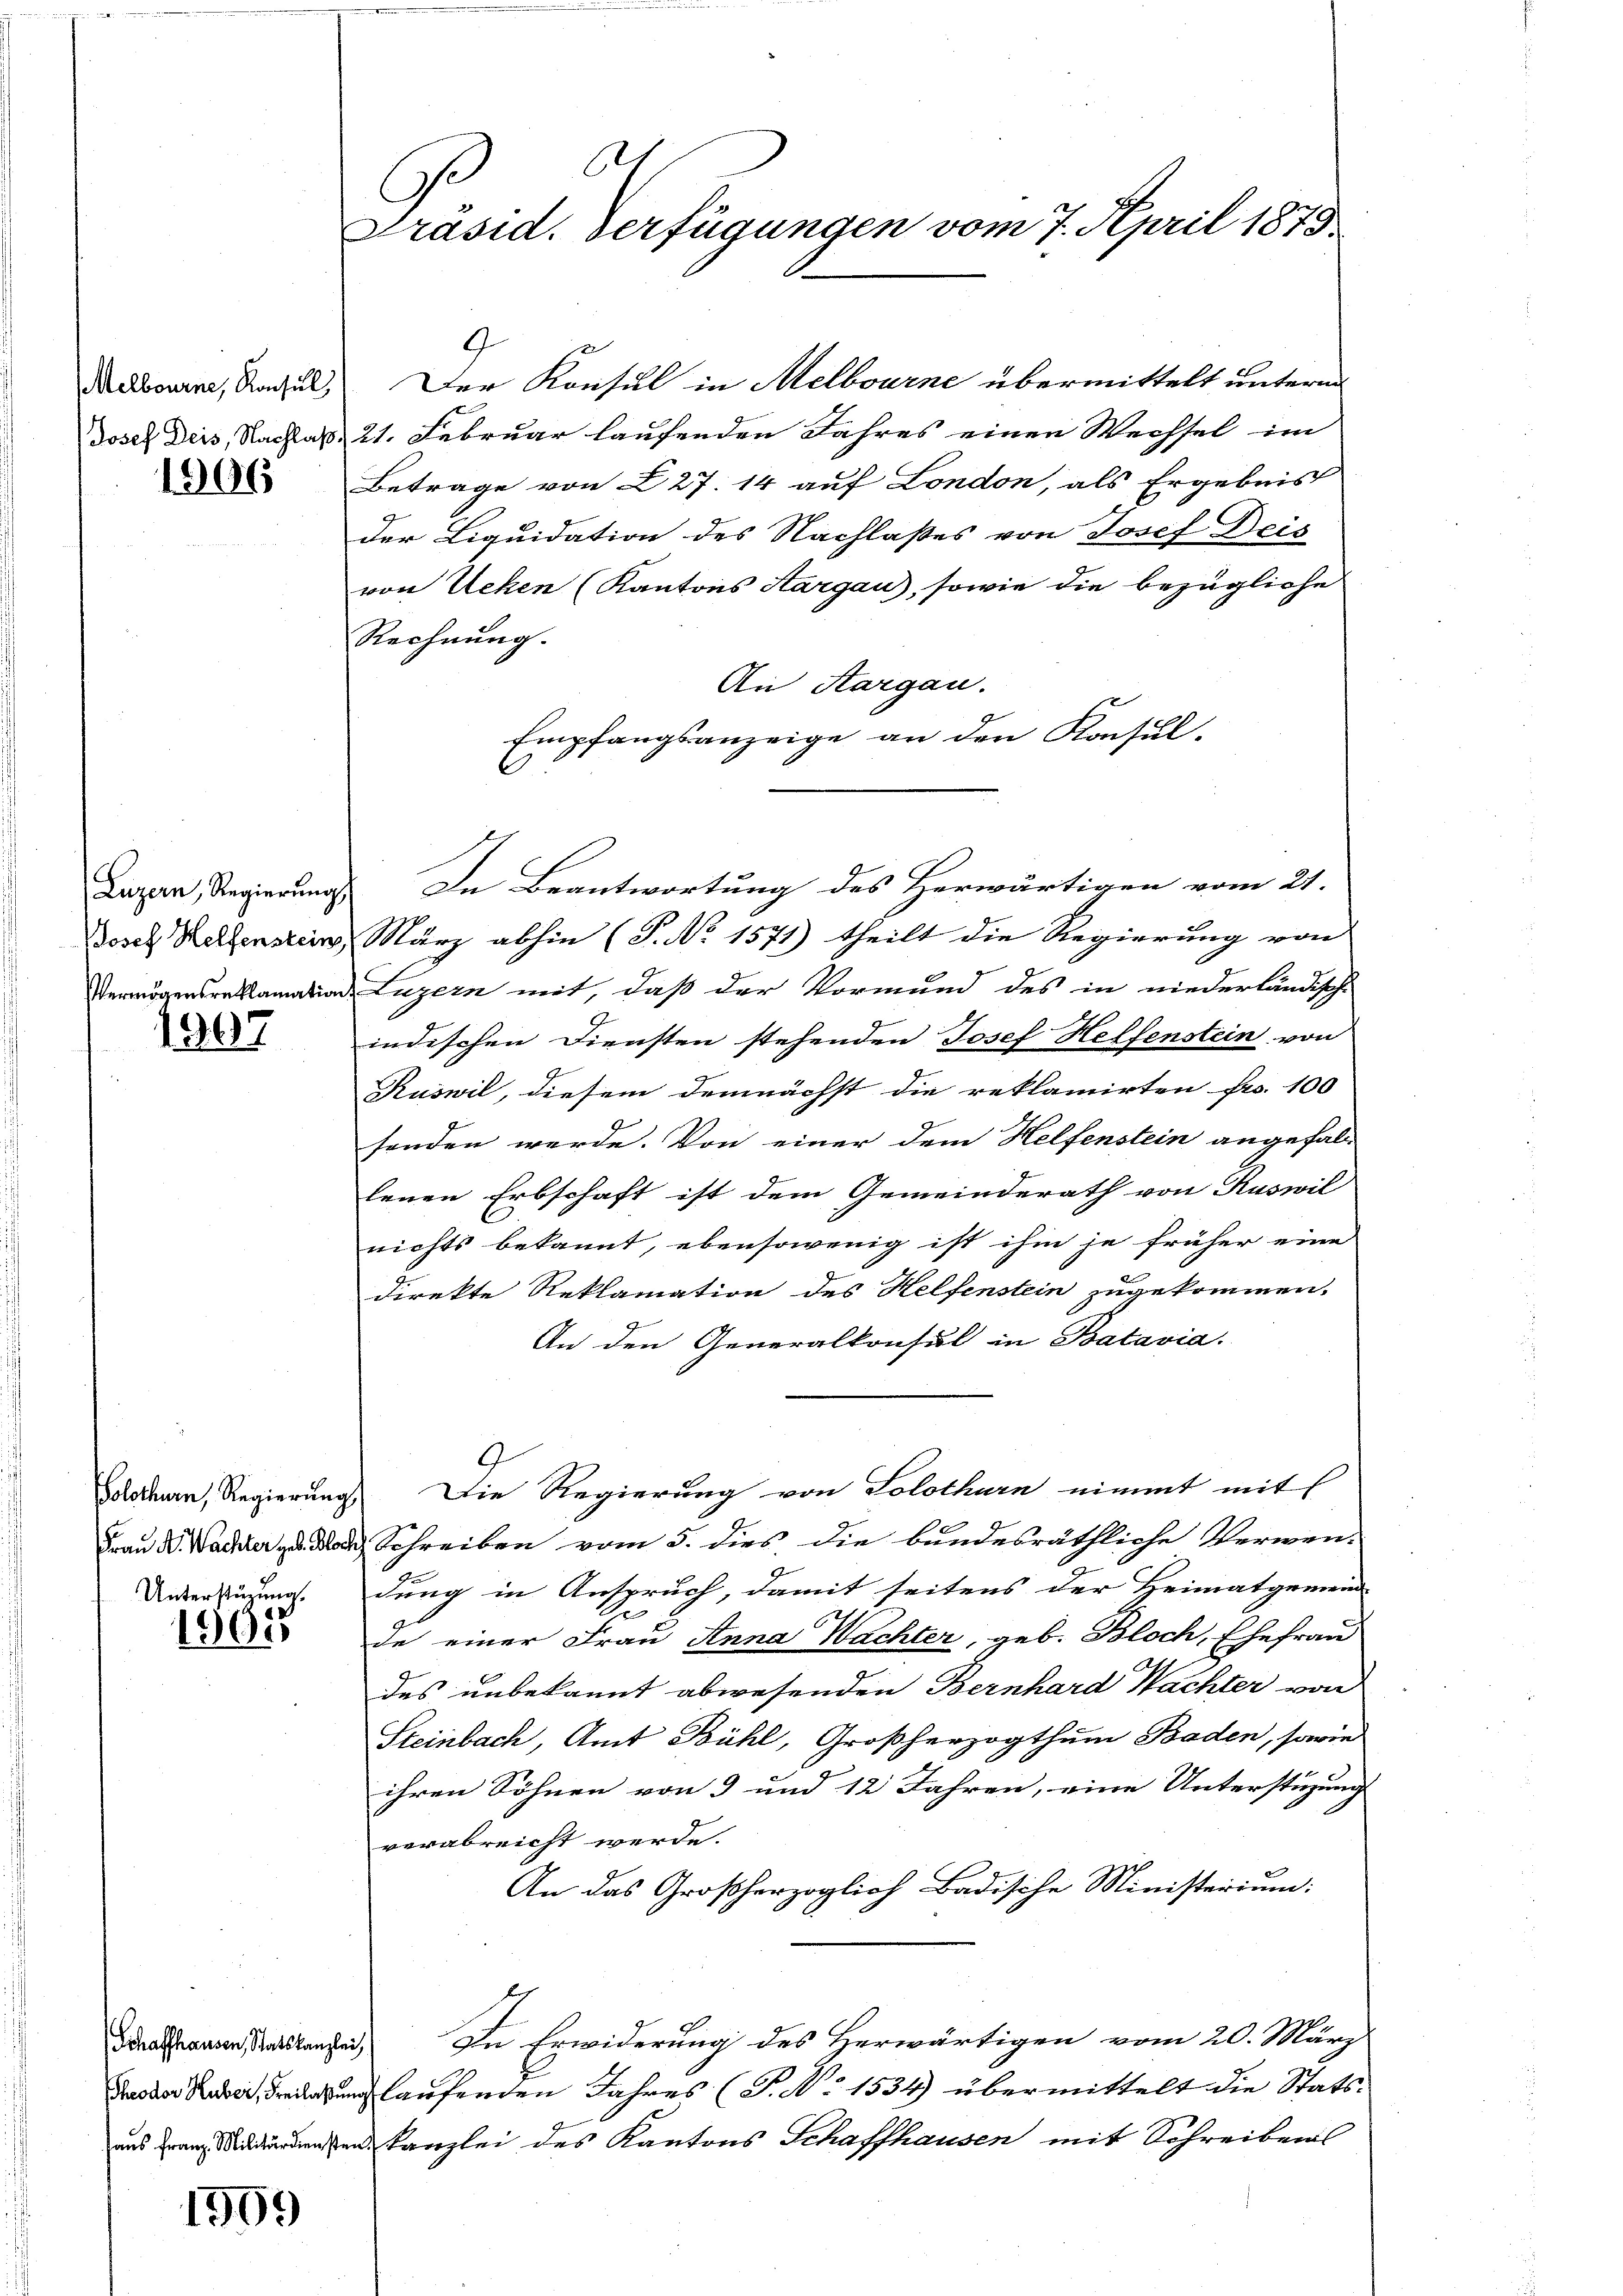
Melbourne, Konsul,

1906

Luzern, Regierung

1907

Unterstüzung.

e
1901

Schaffhausen, Statskanzlei,

1909

1
Präsid. Verfügungen vom 7. April 1879

Der Konsul in Melbourne übermittelt unterm
Josef Diis, Nachlaß. 21. Februar laufenden Jahres einen Wechsel im
Betrage von 227. 14 auf London, als Ergebnis
der Liquidation des Nachlasses von Josef Deis
von Ueken (Kantons Sargau), sowie die bezügliche
Rechnung.
An Aargau.
Empfangsanzeige an den Konsul-
In Beantwortung des Herwärtigen vom 21.
Josef Kellensten März abhin (T. No 1571) theilt die Regierung von
Vermögensreklamation Luzern mit, daß der Vormund des in niederländisch-
indischen Diensten stehenden Josef Helfenstein von
Ruswil, diesem demnächst die reklamirten Fr. 100
senden werde. Von einer dem Helfenstein angefallenen Erbschaft ist dem Gemeinderath von Ruswil
nichts bekannt, ebensowenig ist ihm je früher eine
direkte Reklamation des Helfenstein zugekommen,
An den Generalkonsul in Batavia.
9.
Solothurn, Regierung Die Regierung von Solothurn nimmt mit
Frau daher das Schreiben vom 5. dies die bundesräthliche Verwen-
dung in Anspruch, damit seitens der Heimatgemeind
de einer Frau Anna Wachter, geb. Bloch, Ehefrau
des unbekannt abwesenden Bernhard Nachter von
Steinbach, Amt Bühl, Großherzogthum Baden, sowie
ihren Söhnen von 3 und 12 Jahren, eine Unterstüzung
verabreicht werde.
An das Großherzoglich Badische Ministerium:
In Erwiderung des Herwärtigen vom 20. März
nlaufenden Jahres (T. No 1534) übermittelt die Statsaus Franz denen Kanzlei des Kantons Schaffhausen mit Schreiben